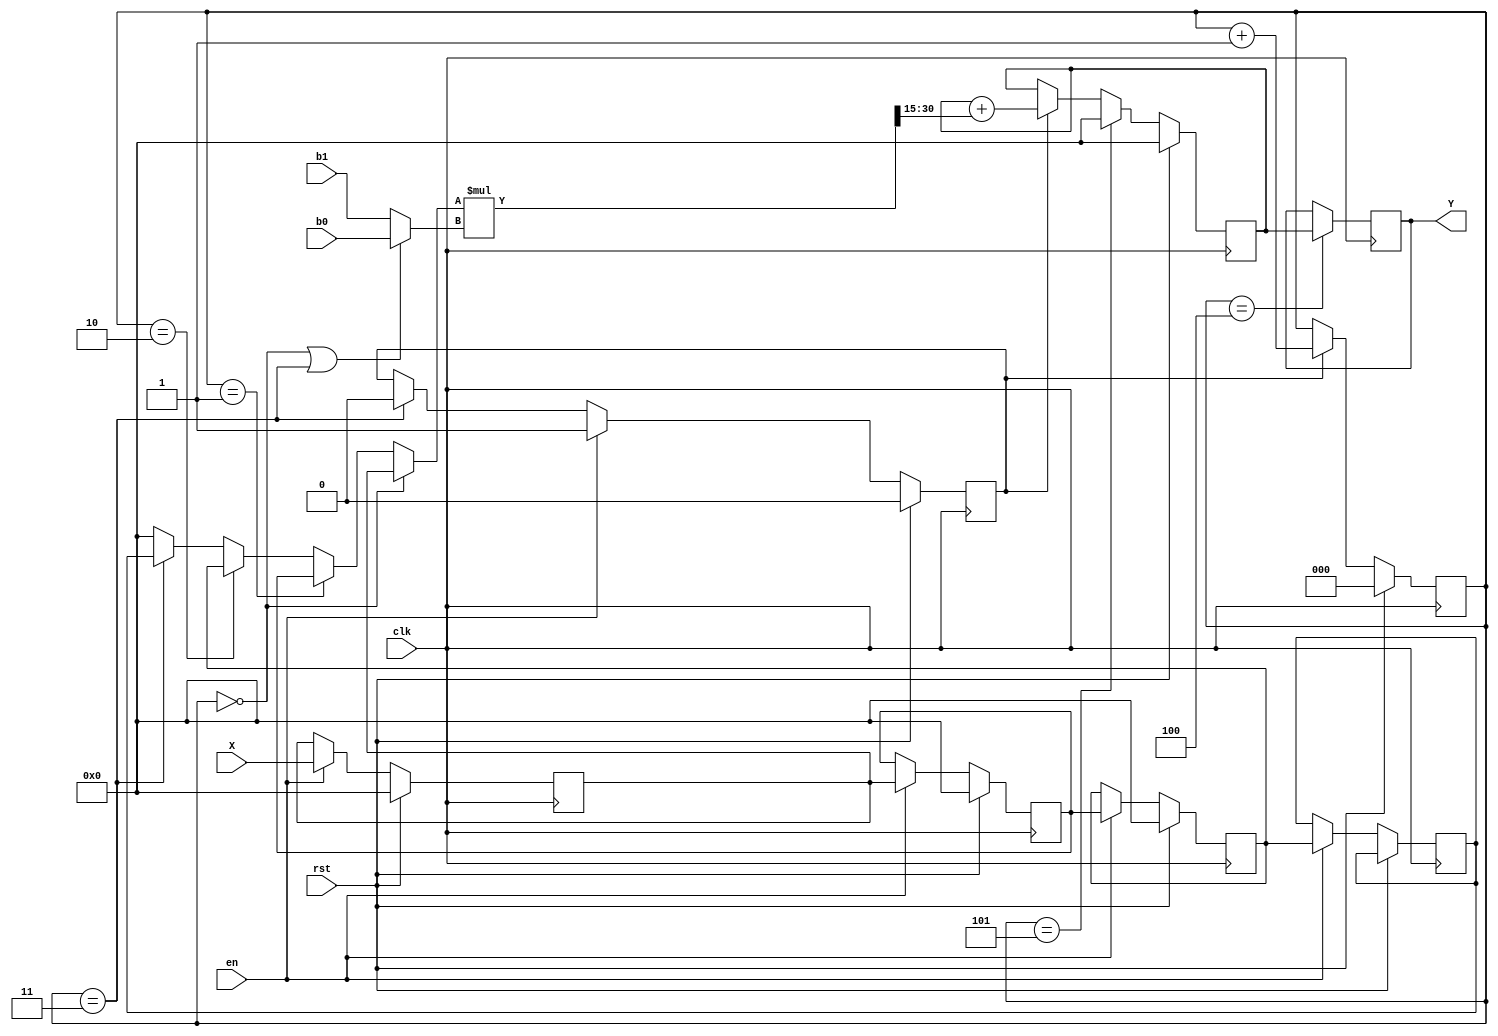
`timescale 1ns / 1ps
/*
============ FIR filter ====================
*/
module FIR
  #(parameter N  = 16)
  (
    input         clk,
    input         rst,
    input         en,
    input [N-1:0] X,
    input [N-1:0] b0,
    input [N-1:0] b1,
    output [N-1:0]   Y);
  
   reg signed [N-1:0] X1, X2, X3, X4;
  reg [2:0] phase;
  wire muxsel;
  reg cycle_valid;
  
  wire signed [N-1:0] coeff;
  reg  signed [N-1:0] samplevalue;
  reg  signed [N-1:0] Yt;
  reg  signed [N-1:0] result; 
  wire  signed [2*N-1:0] prod; 


  assign  prod = (samplevalue*coeff) >>> 15;

  assign muxsel = ((phase == 2'b00) || (phase == 2'b11)) ? 0 : 1;
  assign coeff  =  (!muxsel)  ? b0 : b1;
  assign Y = Yt; 
  
  always@(phase or X1 or X2 or X3 or X4) begin

	if (phase == 2'b00)
         samplevalue <= X1; 
   	else if (phase == 2'b01)
         samplevalue <= X2;
   	else if (phase == 2'b10)
         samplevalue <= X3;
   	else if (phase == 2'b11)
			samplevalue <= X4;
    else
         samplevalue <= 0;
  end

/* shift the samples and the result each sample period WE_PCM */  
  always@(posedge clk) begin
    if(rst ==1'b1) 
    begin
      X1 <= 0;
      X2 <= 0;
      X3 <= 0;
      X3 <= 0;
    end
    else if(en == 1) 
    begin 
      X1 <= X;
      X2 <= X1;
      X3 <= X2;
      X4 <= X3;
    end
   if(phase == 3'b100)
       Yt <= result;
  end

  always@(posedge clk) begin
    if(rst ==1'b1) 
    begin
		result <= 0;
    end
    else begin
    if(cycle_valid)  begin
		result <= result + prod;
    end 
    if(phase == 3'b101)
        result <= 0;
    end
  end

/*phase of the computation*/
   always@(posedge clk) begin
    if(rst ==1'b1) 
    begin
		phase <= 0;
    end
    else if(cycle_valid)
       	phase <= phase + 1;
    end

/*phase of the computation*/
   always@(posedge clk) begin
    if(rst ==1'b1) 
		cycle_valid <= 0;
    else if(en == 1'b1) 
         cycle_valid <= 1;
    else if(phase == 3'b011) begin
         cycle_valid <= 0;
         end
  end

endmodule